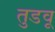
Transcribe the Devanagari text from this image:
तुडवू